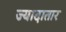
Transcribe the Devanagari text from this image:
ज्यादातार